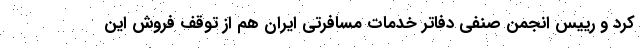
کرد و رییس انجمن صنفی دفاتر خدمات مسافرتی ایران هم از توقف فروش این